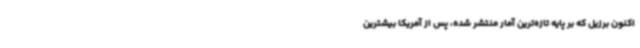
اکنون برزیل که بر پایه تازه‌ترین آمار منتشر شده، پس از آمریکا بیشترین